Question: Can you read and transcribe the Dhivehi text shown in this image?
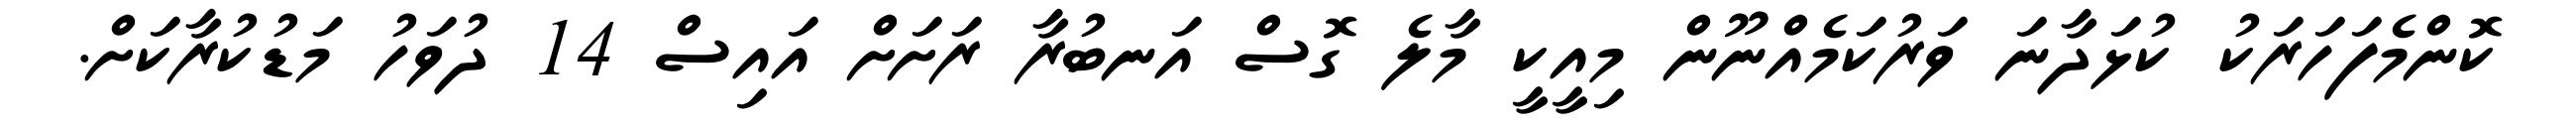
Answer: ކޮންމެފަހަރަކު ކުޅަދާނަ ވަރުކަމެއްނޫން މިއީކީ މާލެ ގޮސް އަނބުރާ ރަށަށް އައިސް 14 ދުވަހު މަޑުކުރާކަށް.